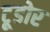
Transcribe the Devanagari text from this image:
टूडोर